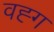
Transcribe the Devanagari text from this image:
वह्ग